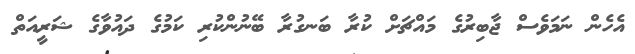
އެހެން ނަމަވެސް ޖާބިރުގެ މައްޗަށް ކުރާ ބަނގުރާ ބޭނުންކުރި ކަމުގެ ދައުވާގެ ޝަރީއަތް